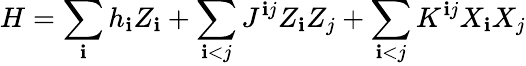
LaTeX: H=\sum_{\mathbf{i}}h_{\mathbf{i}}Z_{\mathbf{i}}+\sum_{\mathbf{i}<j}J^{\mathbf{i}j}Z_{\mathbf{i}}Z_{j}+\sum_{\mathbf{i}<j}K^{\mathbf{i}j}X_{\mathbf{i}}X_{j}